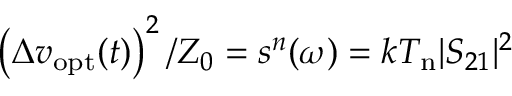
\left( \Delta v _ { \mathrm { o p t } } ( t ) \right) ^ { 2 } / Z _ { 0 } = s ^ { n } ( \omega ) = k T _ { \mathrm { n } } | S _ { 2 1 } | ^ { 2 }